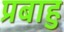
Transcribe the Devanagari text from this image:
प्रबाहु